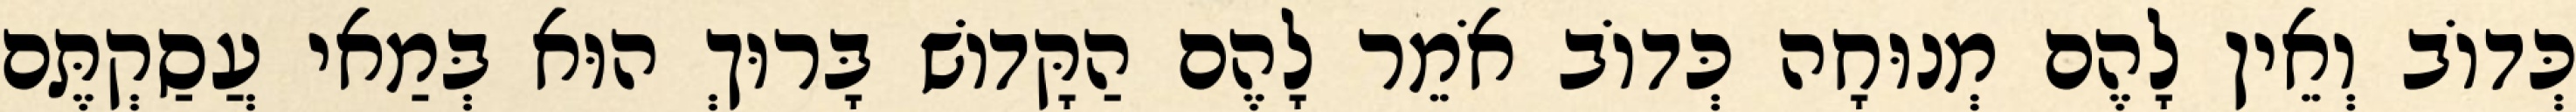
כְּדוֹב וְאֵין לָהֶם מְנוּחָה כְּדוֹב אֹמֵר לָהֶם הַקָּדוֹשׁ בָּרוּךְ הוּא בְּמַאי עֲסַקְתֶּם